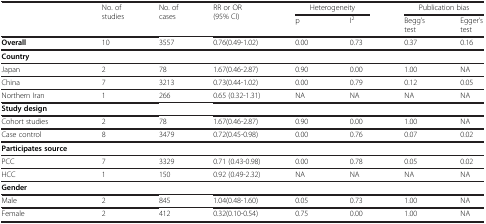
|  | No. of studies | No. of cases | RR or OR (95% CI) | <COLSPAN=2> Heterogeneity | <COLSPAN=2> Publication bias |
 |  |  |  |  | p | I2 | Begg’s test | Egger’s test |
 | --- | --- | --- | --- | --- | --- | --- | --- |
 | Overall | 10 | 3557 | 0.76(0.49-1.02) | 0.00 | 0.73 | 0.37 | 0.16 |
 | Country |  |  |  |  |  |  |  |
 | Japan | 2 | 78 | 1.67(0.46-2.87) | 0.90 | 0.00 | 1.00 | NA |
 | China | 7 | 3213 | 0.73(0.44-1.02) | 0.00 | 0.79 | 0.12 | 0.05 |
 | Northern Iran | 1 | 266 | 0.65 (0.32-1.31) | NA | NA | NA | NA |
 | Study design |  |  |  |  |  |  |  |
 | Cohort studies | 2 | 78 | 1.67(0.46-2.87) | 0.90 | 0.00 | 1.00 | NA |
 | Case control | 8 | 3479 | 0.72(0.45-0.98) | 0.00 | 0.76 | 0.07 | 0.02 |
 | Participates source |  |  |  |  |  |  |  |
 | PCC | 7 | 3329 | 0.71 (0.43-0.98) | 0.00 | 0.78 | 0.05 | 0.02 |
 | HCC | 1 | 150 | 0.92 (0.49-2.32) | NA | NA | NA | NA |
 | Gender |  |  |  |  |  |  |  |
 | Male | 2 | 845 | 1.04(0.48-1.60) | 0.05 | 0.73 | 1.00 | NA |
 | Female | 2 | 412 | 0.32(0.10-0.54) | 0.75 | 0.00 | 1.00 | NA |